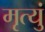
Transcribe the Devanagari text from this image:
मृत्युं